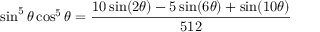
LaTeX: \sin ^ { 5 } \theta \cos ^ { 5 } \theta = { \frac { 1 0 \sin ( 2 \theta ) - 5 \sin ( 6 \theta ) + \sin ( 1 0 \theta ) } { 5 1 2 } }